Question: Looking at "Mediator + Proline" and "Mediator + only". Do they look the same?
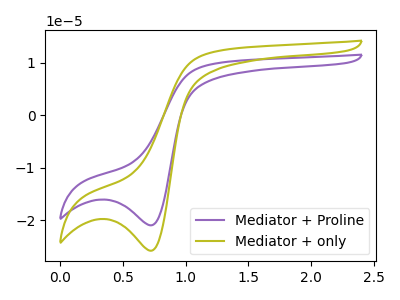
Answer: <think>The purple curve "Mediator + Proline" has a cathodic peak at: (0.70V, -20.95uA). The olive curve "Mediator + only" has a cathodic peak at: (0.70V, -25.80uA).
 All the peaks in "Mediator + Proline" have a peak in "Mediator + only" at the same potential. Every peak in "Mediator + Proline" is lower than every peak in "Mediator + only".</think>
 <answer>"Mediator + Proline" and "Mediator + only" are similar in shape.</answer>
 <eval>same_shape</eval>